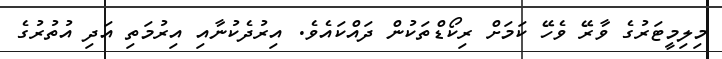
މިލިމީޓަރުގެ ވާރޭ ވެހޭ ކަމަށް ރިކޯޑްތަކުން ދައްކައެވެ. އިރުދެކުނާއި އިރުމަތި އަދި އުތުރުގެ